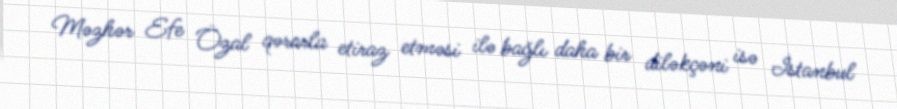
Məzhər Efe Özal qərarla etiraz etməsi ilə bağlı daha bir diləkçəni isə İstanbul